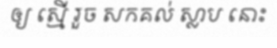
ឲ្យ ស្មើ រួច សកគល់ ស្លាប នោះ